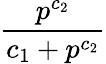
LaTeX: \frac{p^{c_{2}}}{c_{1}+p^{c_{2}}}